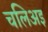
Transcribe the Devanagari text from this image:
चलिअइ